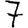
Digit: 7